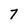
Character: 7